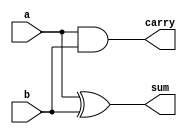
module HalfAdder(input a,input b,output sum,output carry);
assign sum=a^b;
assign carry=a&b;
endmodule